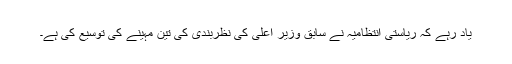
یاد رہے کہ ریاستی انتظامیہ نے سابق وزیر اعلی کی نظربندی کی تین مہینے کی توسیع کی ہے۔